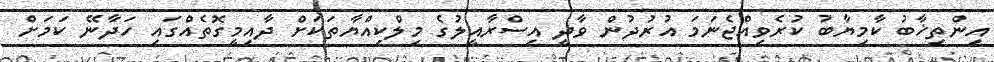
އިންތިޚާބު ކާމިޔާބު ކުރެވިއްޖެނަމަ އުރުދުން ވާދީ އިސްރާއީލުގެ މިލްކިއްޔާތަކަށް ދާއިމީގޮތެއްގައި ހަދާނޭ ކަމަށް